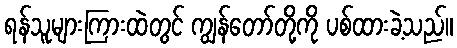
ရန်သူများကြားထဲတွင် ကျွန်တော်တို့ကို ပစ်ထားခဲ့သည်။